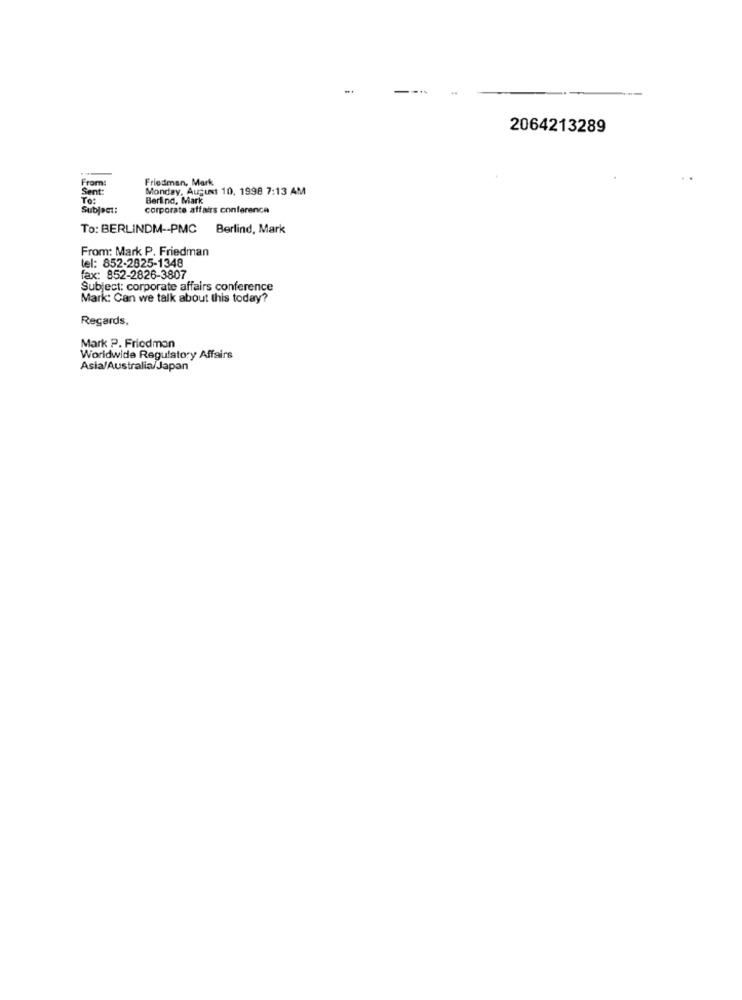
2064213289
From:
Friedman, Mark
Sent:
Monday, August 10, 1998 7:13 AM
TO:
Berlind, Mark
Subject:
corporate affairs conference
To: BERLINDM -- PMC Berlind, Mark
From: Mark P. Friedman
tel: 852-2825-1348
fax: 852-2826-3807
Subject: corporate affairs conference
Mark: Can we talk about this today?
Regards,
Mark P. Friedman
Worldwide Regulatory Affairs
Asia/Australia/Japan